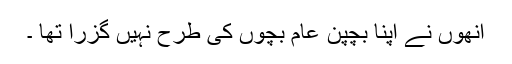
انھوں نے اپنا بچپن عام بچوں کی طرح نہیں گزرا تھا ۔